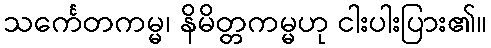
သင်္ကေတကမ္မ၊ နိမိတ္တကမ္မဟု ငါးပါးပြား၏။